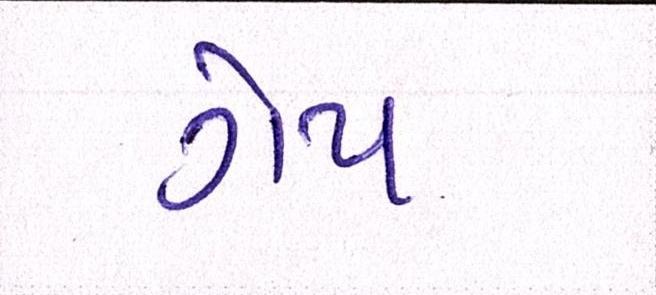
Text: ગેપ